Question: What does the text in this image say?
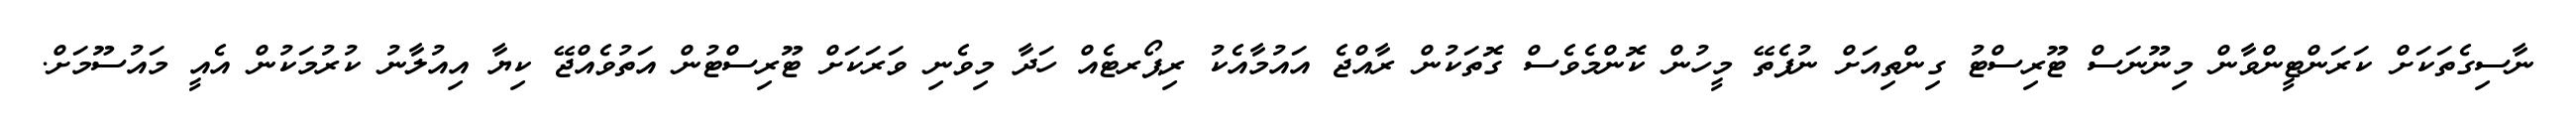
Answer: ނާސިގެތަކަށް ކަރަންޓީންވާން މިނޫނަސް ޓޫރިސްޓު ގިންތިއަށް ނުފެތޭ މީހުން ކޮންމެވެސް ގޮތަކުން ރާއްޖެ އައުމާއެކު ރިޕޯރޓެއް ހަދާ މިވެނި ވަރަކަށް ޓޫރިސްޓުން އަތުވެއްޖޭ ކިޔާ އިއުލާނު ކުރުމަކުން އެއީ މައުސޫމަށް.